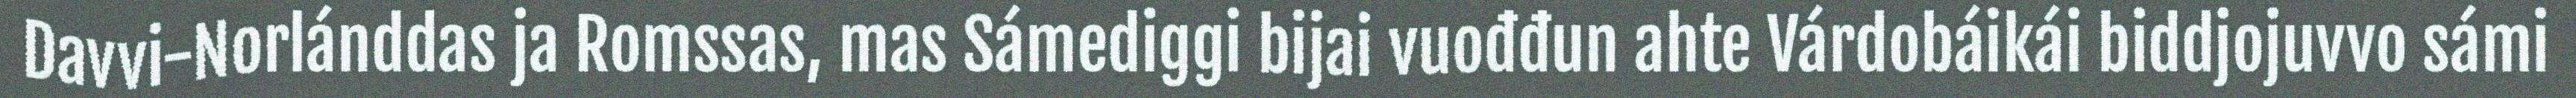
Davvi-Norlánddas ja Romssas, mas Sámediggi bijai vuođđun ahte Várdobáikái biddjojuvvo sámi